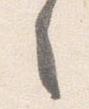
之